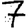
Digit: 7